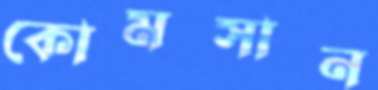
কোমসান